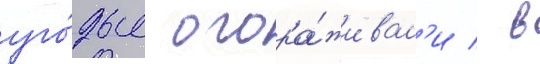
уго́дья огора́живал'и / в